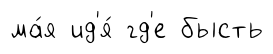
ма́я ид'я́ гд'е бысть